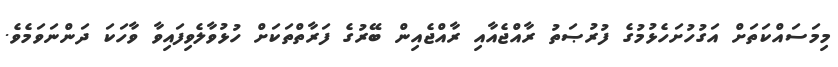
މިމަސައްކަތަށް އަގުހުށަހެޅުމުގެ ފުރުޞަތު ރާއްޖެއާއި ރާއްޖެއިން ބޭރުގެ ފަރާތްތަކަށް ހުޅުވާލެވިފައިވާ ވާހަކަ ދަންނަވަމެވެ.